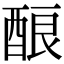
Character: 酿